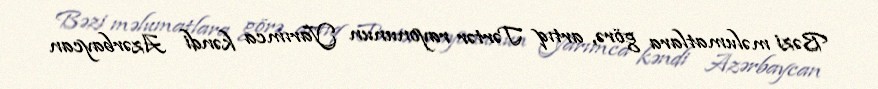
Bəzi məlumatlara görə, artıq Tərtər rayonunun Yarımca kəndi Azərbaycan